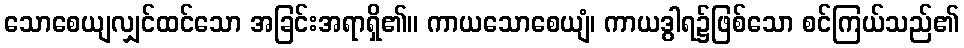
သောစေယျလျှင်ထင်သော အခြင်းအရာရှိ၏။ ကာယသောစေယျံ၊ ကာယဒွါရ၌ဖြစ်သော စင်ကြယ်သည်၏